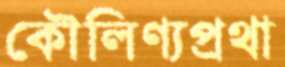
কৌলিণ্যপ্রথা